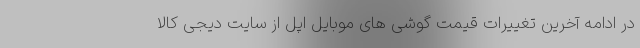
در ادامه آخرین تغییرات قیمت گوشی های موبایل اپل از سایت دیجی کالا